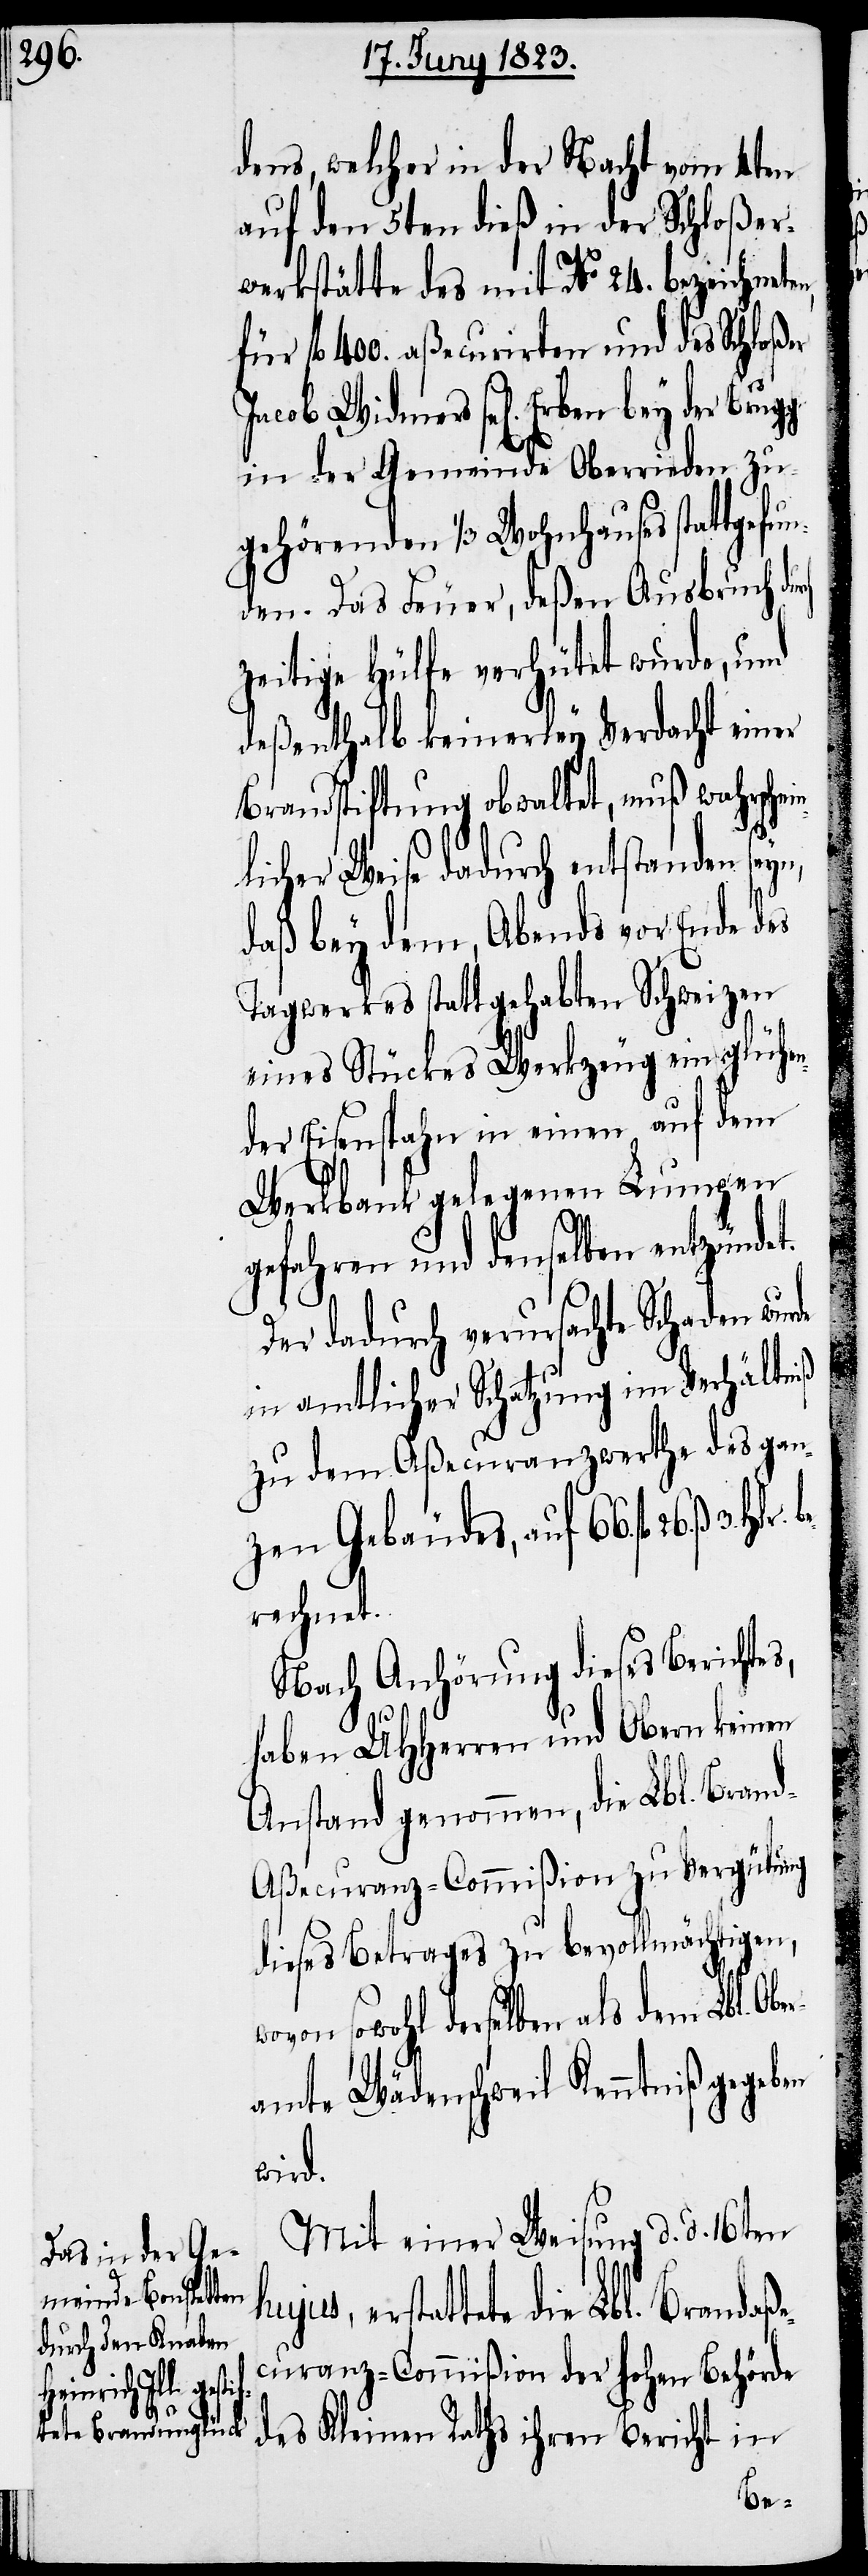
dens, welcher in der Nacht vom 4ten
auf den 5ten dieß in der Schloßer¬
werkstätte des mit No. 24. bezeichnete¬
für fl. 400. aßecurirten und des Schloßer
Jacob Widmers sel[igen] Erben bey
in der Gemeinde Oberrieden zu¬
gehörenden 1/3 Wohnhauses stattgefun¬
den. Das Feuer, deßen Ausbruch
zeitige Hülfe verhütet wurde, und
deßenthalb keinerley Verdacht einer
Brandstiftung obwaltet, muß wahrsche¬
licher Weise dadurch entstanden seyn,
daß bey dem, Abends vor Ende des
Tagwerkes statt gehabten Schweizen
eines Stückes Werkzeug ein glühen¬
der Eisenspahn in einen auf dem
Werkbank gelegenen Lumpen
gefahren und denselben entzündet.
Der dadurch verursachte Schaden wurde
in amtlicher Schatzung im Verhältniß
zu dem Aßecuranzwerthe des gan¬
zen Gebäudes, auf 66. fl.
rechnet.
Nach Anhörung dieses Berichtes,
ß.
en
haben UHHerren und Obern keinen
Anstand genommen, die Lbl. Bran¬
d-Aßecuranz-Commißion zu Vergütung
dieses Betrages zu bevollmächtigen,
wovon sowohl derselben als dem Lbl. Obe¬
amte Wädenschweil Kenntniß gegeb¬
wird.
Mit einer Weisung d. d. 16ten
erstattete die Lbl. Brandaß¬
ecuranz-Commißion der hohen Behörde
des Kleinen Raths ihren Bericht in
be¬